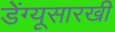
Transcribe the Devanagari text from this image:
डेंग्यूसारखी